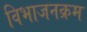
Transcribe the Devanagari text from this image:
विभाजनक्रम